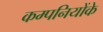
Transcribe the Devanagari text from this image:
कम्पनियोंके